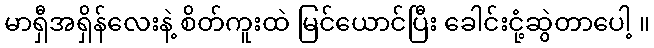
မာရှီအရှိန်လေးနဲ့ စိတ်ကူးထဲ မြင်ယောင်ပြီး ခေါင်းငုံ့ဆွဲတာပေါ့ ။